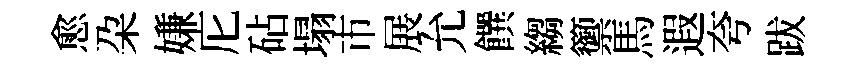
愈朶嫌庀砧塌市展允饌縐籞馬遐夸跋